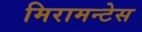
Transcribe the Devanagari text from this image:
मिरामन्टेस